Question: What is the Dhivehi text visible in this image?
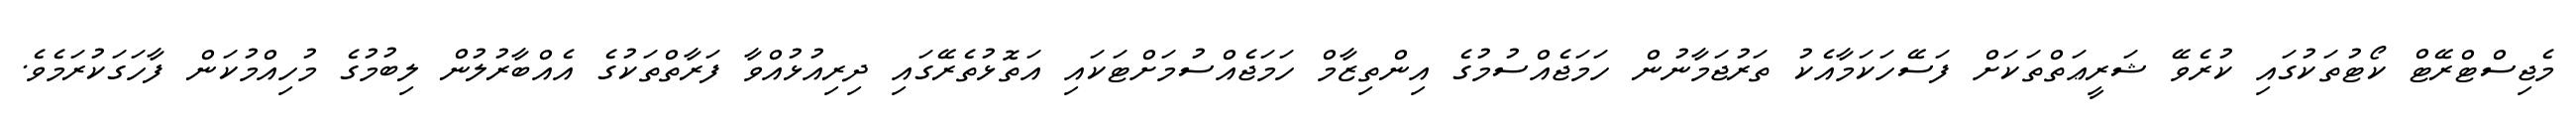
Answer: މެޖިސްޓްރޭޓް ކޯޓުތަކުގައި ކުރެވޭ ޝަރީޢަތްތަކަށް ފަސޭހަކަމާއެކު ތަރުޖަމާނުން ހަމަޖެއްސުމުގެ އިންތިޒާމް ހަމަޖެއްސުމަށްޓަކައި އަތޮޅުތެރޭގައި ދިރިއުޅުއްވާ ފަރާތްތަކުގެ އެއްބާރުލުން ލިބުމުގެ މުހިއްމުކަން ފާހަގަކުރަމެވެ.